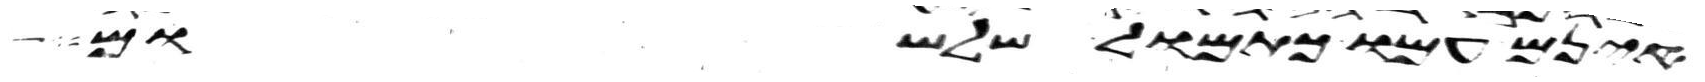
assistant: אינם עמו כתמול שלשום